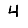
Digit: 4